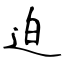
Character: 迫